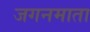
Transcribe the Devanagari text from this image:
जगनमाता